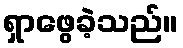
ရှာဖွေခဲ့သည်။